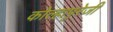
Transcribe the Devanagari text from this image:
कोल्हापुरेजी